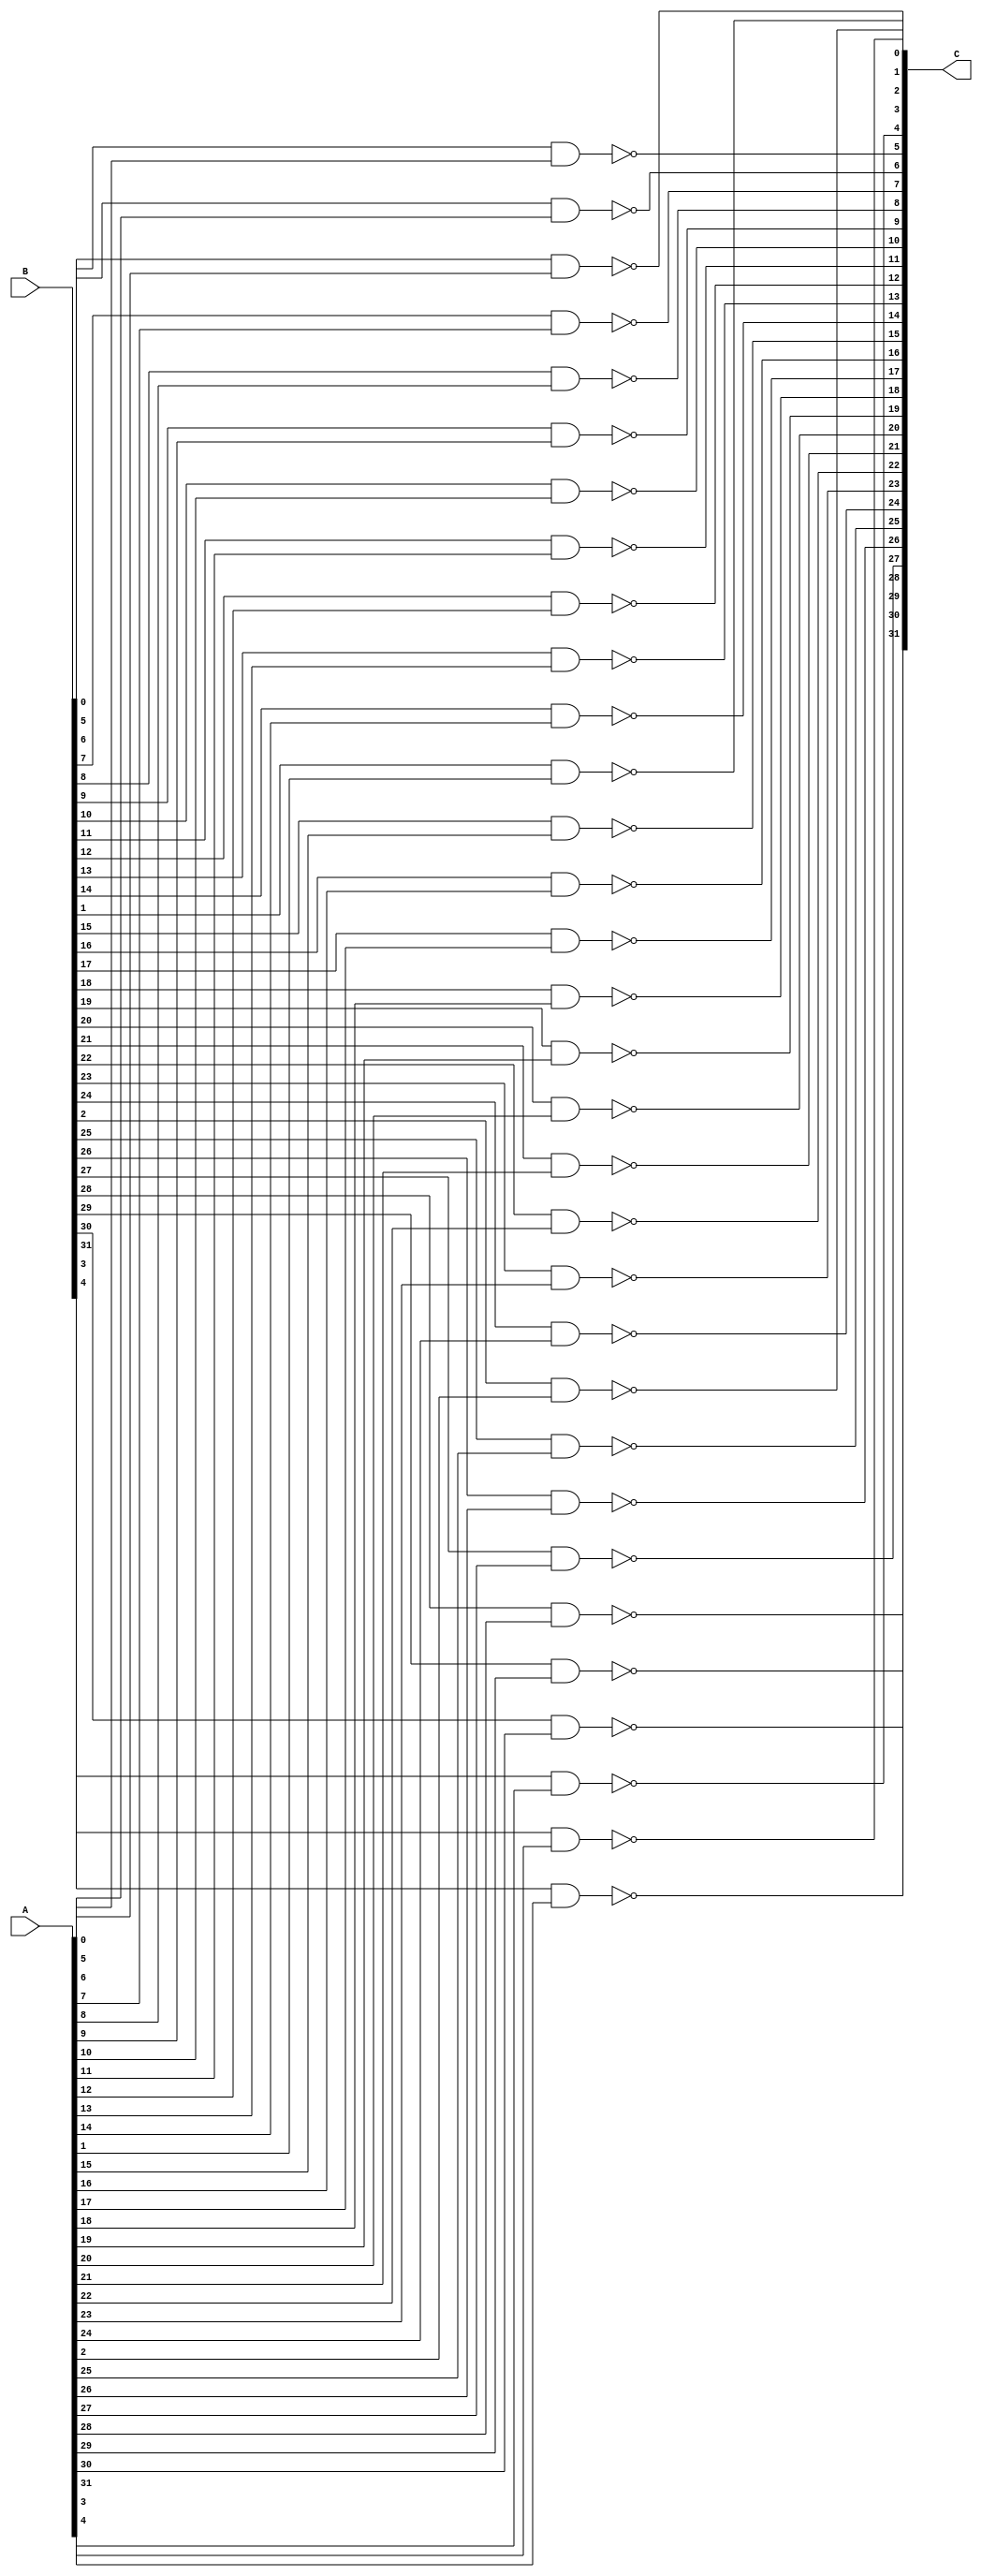
`timescale 1ns / 1ps
//////////////////////////////////////////////////////////////////////////////////
// Company: 
// Engineer: 
// 
// Design Name: 
// Module Name: nand_32b
// Project Name: 
// Target Devices: 
// Tool Versions: 
// Description: 
// 
// Dependencies: 
// 
// Revision:
// Revision 0.01 - File Created
// Additional Comments:
// 
//////////////////////////////////////////////////////////////////////////////////


module nand_32b(C,B,A );
input [31:0] A;
input [31:0] B;
output [31:0] C;

genvar i;
generate

for( i=0; i<=31; i=i+1)
begin //and_operation
nand a1(C[i] , B[i] , A[i]);
end
endgenerate


endmodule